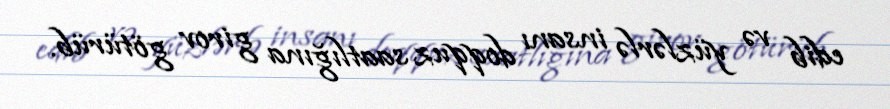
edib və yüzlərlə insanı doqquz saatlığına girov götürüb.